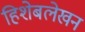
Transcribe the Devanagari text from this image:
हिशेबलेखन